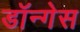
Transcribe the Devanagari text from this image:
डॉन्गेस